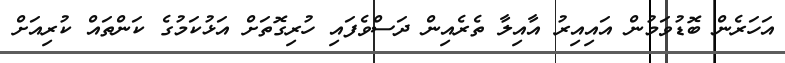
އަހަރެން ބޮޑުވަމުން އައިއިރު އާއިލާ ތެރެއިން ދަސްވެފައި ހުރިގޮތަށް އަޅުކަމުގެ ކަންތައް ކުރިއަށް